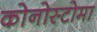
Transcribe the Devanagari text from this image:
कोनोस्टोमा